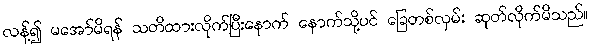
လန့်၍ မအော်မိရန် သတိထားလိုက်ပြီးနောက် နောက်သို့ပင် ခြေတစ်လှမ်း ဆုတ်လိုက်မိသည်။